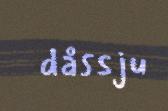
dåssju